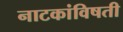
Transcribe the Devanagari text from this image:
नाटकांविषती